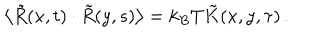
\left\langle \tilde { R } ( x , t ) \cdot \tilde { R } ( y , s ) \right\rangle = k _ { B } T \tilde { K } ( x , y , \tau ) \, .